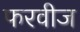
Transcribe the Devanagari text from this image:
फरवीज